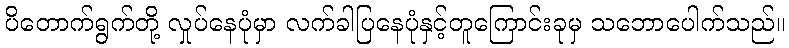
ပိတောက်ရွက်တို့ လှုပ်နေပုံမှာ လက်ခါပြနေပုံနှင့်တူကြောင်းခုမှ သဘောပေါက်သည်။